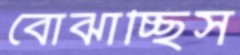
বোঝাচ্ছিস